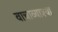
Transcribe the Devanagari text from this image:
वाचाव्याश्या